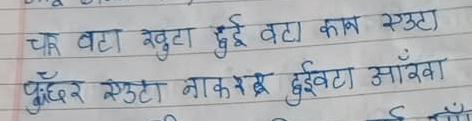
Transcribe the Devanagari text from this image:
चार वटा खुट्टा दुई वटा कान एउटा
पुँच्छर एउटा नाक र दुईवटा आँखा